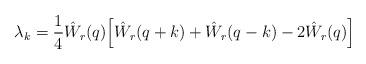
LaTeX: \begin{align*} \lambda_k = \frac 14 \hat W_r(q) \Big[ \hat W_r(q+k) + \hat W_r(q-k) -2 \hat W_r(q)\Big]\end{align*}